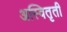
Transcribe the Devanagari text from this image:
अस्वितृती